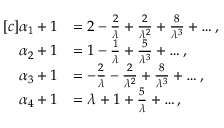
\begin{array} { r l } { [ c ] \alpha _ { 1 } + 1 } & { = 2 - \frac { 2 } { \lambda } + \frac { 2 } { \lambda ^ { 2 } } + \frac { 8 } { \lambda ^ { 3 } } + \dots , } \\ { \alpha _ { 2 } + 1 } & { = 1 - \frac { 1 } { \lambda } + \frac { 5 } { \lambda ^ { 3 } } + \dots , } \\ { \alpha _ { 3 } + 1 } & { = - \frac { 2 } { \lambda } - \frac { 2 } { \lambda ^ { 2 } } + \frac { 8 } { \lambda ^ { 3 } } + \dots , } \\ { \alpha _ { 4 } + 1 } & { = \lambda + 1 + \frac { 5 } { \lambda } + \dots , } \end{array}